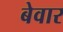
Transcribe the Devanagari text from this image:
बेवार